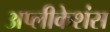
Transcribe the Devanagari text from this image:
अप्लीकेशंस